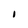
Character: 1